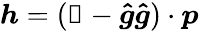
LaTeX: \boldsymbol{h}=(\mathbb{1}-\boldsymbol{\hat{g}}\boldsymbol{\hat{g}})\cdot\boldsymbol{p}